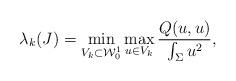
LaTeX: \begin{align*} \lambda_k (J) =\min_{V_k\subset \mathcal{W}_0^1}\max_{u\in V_k} \frac{Q(u,u)}{\int_\Sigma u^2}, \end{align*}